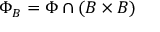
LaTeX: \Phi _ { B } = \Phi \cap ( B \times B )